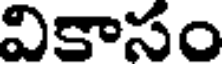
వికాసం